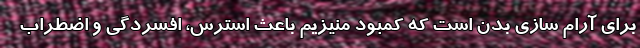
برای آرام سازی بدن است که کمبود منیزیم باعث استرس، افسردگی و اضطراب